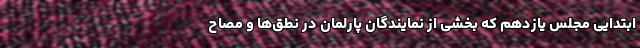
ابتدایی مجلس یازدهم که بخشی از نمایندگان پارلمان در نطق‌ها و مصاح